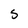
Character: S